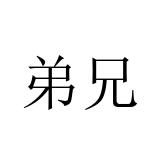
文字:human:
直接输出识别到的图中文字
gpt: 弟兄